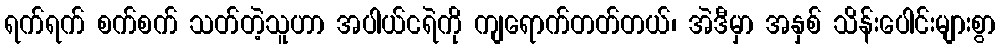
ရက်ရက် စက်စက် သတ်တဲ့သူဟာ အပါယ်ငရဲကို ကျရောက်တတ်တယ်၊ အဲဒီမှာ အနှစ် သိန်းပေါင်းများစွာ